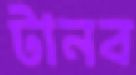
টানব